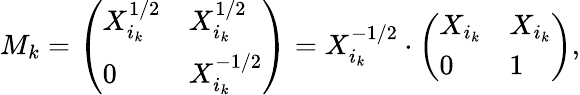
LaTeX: \begin{array}{r}{M_{k}=\left(\begin{array}{ll}{X_{i_{k}}^{1/2}}&{X_{i_{k}}^{1/2}}\\ {0}&{X_{i_{k}}^{-1/2}}\end{array}\right)=X_{i_{k}}^{-1/2}\cdot\left(\begin{array}{ll}{X_{i_{k}}}&{X_{i_{k}}}\\ {0}&{1}\end{array}\right),}\end{array}